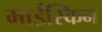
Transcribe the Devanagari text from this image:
माईस्किन